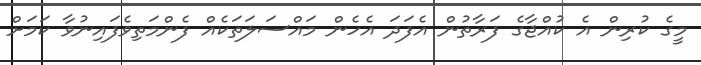
މީގެ ކުރިން އެ ކުއްޖާގެ ފަރާތުން އެފަދަ އެހެން މައްސަލަތަކެއް ފެންމަތިވެފައިނުވާ ކަމަށް